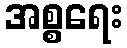
အစ္စရေး